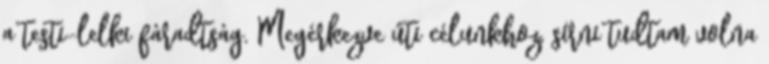
a testi-lelki fáradtság. Megérkezve úti célunkhoz, sírni tudtam volna